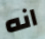
انه